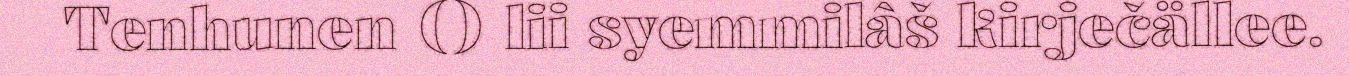
Tenhunen () lii syemmilâš kirječällee.